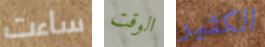
ساءت الوقت الكثير